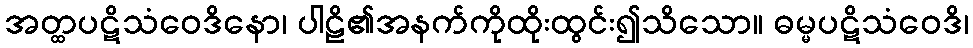
အတ္ထပဋိသံဝေဒိနော၊ ပါဠိ၏အနက်ကိုထိုးထွင်း၍သိသော။ ဓမ္မပဋိသံဝေဒိ၊